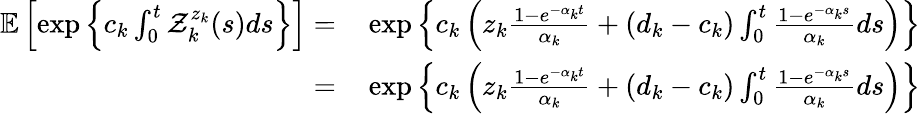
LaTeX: \begin{array}{rl}{\mathbb{E}\left[\exp\left\{ c_{k}\int_{0}^{t}\mathcal{Z}_{k}^{z_{k}}(s)ds\right\} \right]=}&{{}\exp\left\{ c_{k}\left(z_{k}\frac{1-e^{-\alpha_{k}t}}{\alpha_{k}}+(d_{k}-c_{k})\int_{0}^{t}\frac{1-e^{-\alpha_{k}s}}{\alpha_{k}}ds\right)\right\} }\\ {=}&{{}\exp\left\{ c_{k}\left(z_{k}\frac{1-e^{-\alpha_{k}t}}{\alpha_{k}}+(d_{k}-c_{k})\int_{0}^{t}\frac{1-e^{-\alpha_{k}s}}{\alpha_{k}}ds\right)\right\} }\end{array}